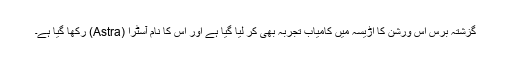
گزشتہ برس اس ورشن کا اڑیسہ میں کامیاب تجربہ بھی کر لیا گیا ہے اور اس کا نام آسٹرا (Astra) رکھا گیا ہے۔